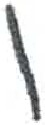
אות: ן